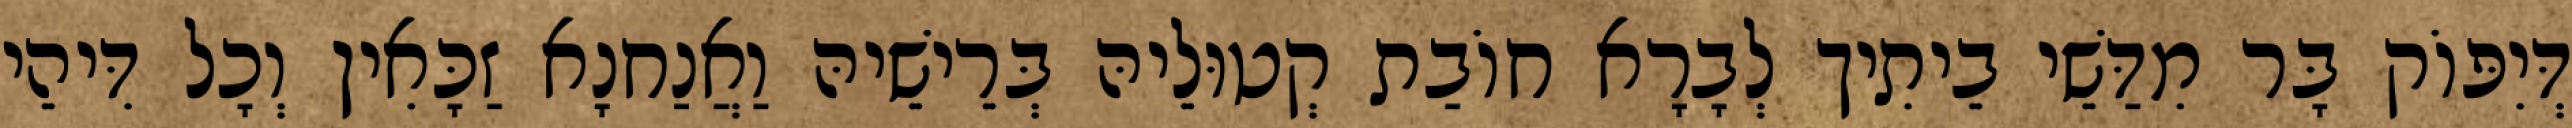
דְּיִפּוֹק בָּר מִדַּשֵׁי בֵיתִיך לְבָרָא חוֹבַת קְטוּלֵיהּ בְּרֵישֵׁיהּ וַאֲנַחנָא זַכָּאִין וְכָל דִּיהֵי